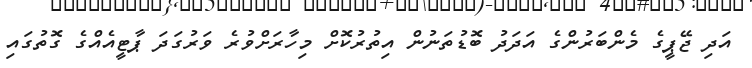
އަދި ޖޭޕީގެ މެންބަރުންގެ އަދަދު ބޮޑުތަނުން އިތުރުކޮށް މިހާރަށްވުރެ ވަރުގަދަ ޕާޓީއެއްގެ ގޮތުގައި